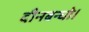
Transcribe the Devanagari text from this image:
दीनबन्धो।